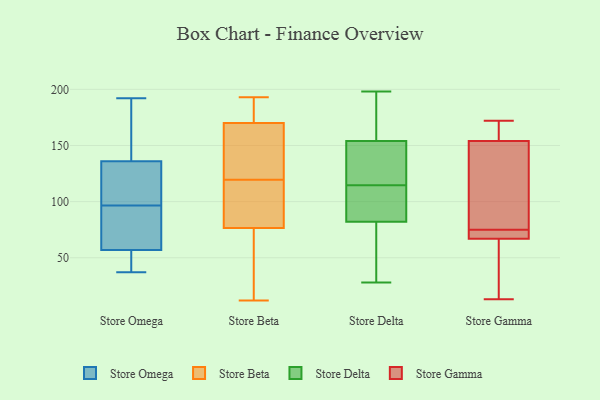
{"axis": {"x": "Population (Million)", "y": "Value"}, "legend": ["Store Beta", "Store Delta", "Store Gamma", "Store Omega"], "data": [{"x": "", "y": 177, "type": "Store Omega"}, {"x": "", "y": 57, "type": "Store Omega"}, {"x": "", "y": 91, "type": "Store Omega"}, {"x": "", "y": 125, "type": "Store Omega"}, {"x": "", "y": 192, "type": "Store Omega"}, {"x": "", "y": 52, "type": "Store Omega"}, {"x": "", "y": 102, "type": "Store Omega"}, {"x": "", "y": 76, "type": "Store Omega"}, {"x": "", "y": 136, "type": "Store Omega"}, {"x": "", "y": 37, "type": "Store Omega"}, {"x": "", "y": 193, "type": "Store Beta"}, {"x": "", "y": 78, "type": "Store Beta"}, {"x": "", "y": 179, "type": "Store Beta"}, {"x": "", "y": 120, "type": "Store Beta"}, {"x": "", "y": 72, "type": "Store Beta"}, {"x": "", "y": 161, "type": "Store Beta"}, {"x": "", "y": 192, "type": "Store Beta"}, {"x": "", "y": 75, "type": "Store Beta"}, {"x": "", "y": 12, "type": "Store Beta"}, {"x": "", "y": 88, "type": "Store Beta"}, {"x": "", "y": 140, "type": "Store Beta"}, {"x": "", "y": 119, "type": "Store Beta"}, {"x": "", "y": 178, "type": "Store Delta"}, {"x": "", "y": 44, "type": "Store Delta"}, {"x": "", "y": 68, "type": "Store Delta"}, {"x": "", "y": 96, "type": "Store Delta"}, {"x": "", "y": 28, "type": "Store Delta"}, {"x": "", "y": 124, "type": "Store Delta"}, {"x": "", "y": 117, "type": "Store Delta"}, {"x": "", "y": 135, "type": "Store Delta"}, {"x": "", "y": 112, "type": "Store Delta"}, {"x": "", "y": 198, "type": "Store Delta"}, {"x": "", "y": 173, "type": "Store Delta"}, {"x": "", "y": 99, "type": "Store Delta"}, {"x": "", "y": 67, "type": "Store Gamma"}, {"x": "", "y": 71, "type": "Store Gamma"}, {"x": "", "y": 73, "type": "Store Gamma"}, {"x": "", "y": 172, "type": "Store Gamma"}, {"x": "", "y": 166, "type": "Store Gamma"}, {"x": "", "y": 77, "type": "Store Gamma"}, {"x": "", "y": 154, "type": "Store Gamma"}, {"x": "", "y": 13, "type": "Store Gamma"}, {"x": "", "y": 90, "type": "Store Gamma"}, {"x": "", "y": 13, "type": "Store Gamma"}]}